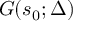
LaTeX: G ( s _ { 0 } ; \Delta )